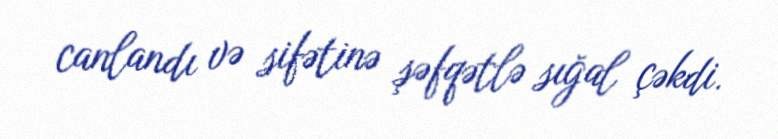
canlandı və sifətinə şəfqətlə sığal çəkdi.